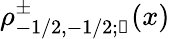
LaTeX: \rho_{-1/2,-1/2;\mathscr{k}}^{\pm}(x)